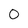
Character: 0